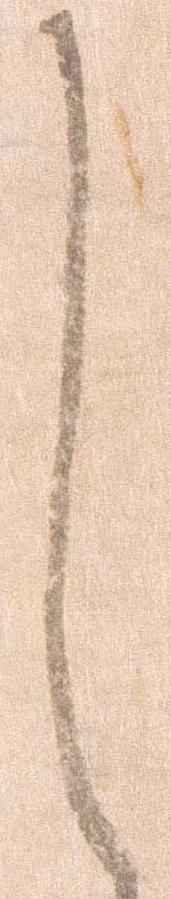
し